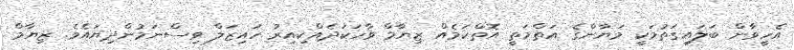
އެހީވާން ބަލައިގަތުމަކީ މަޔާންގެ އަތްމަތީ އޮތްކަމެއް ޒިޔާމް ވާހަކަދެއްކިއިރު ހައިޒަލް ވިސްނަމުންދިޔައެވެ. ޒިޔާމް